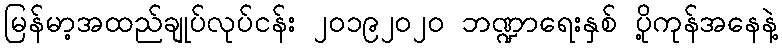
မြန်မာ့အထည်ချုပ်လုပ်ငန်း ၂၀၁၉၂၀၂၀ ဘဏ္ဍာရေးနှစ် ပို့ကုန်အနေနဲ့